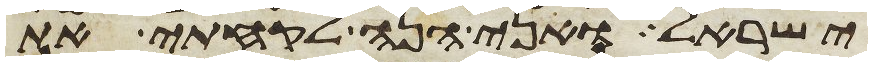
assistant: ישראל ואני הנה לקחתי את